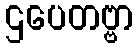
ဌပေတဗ္ဗာ